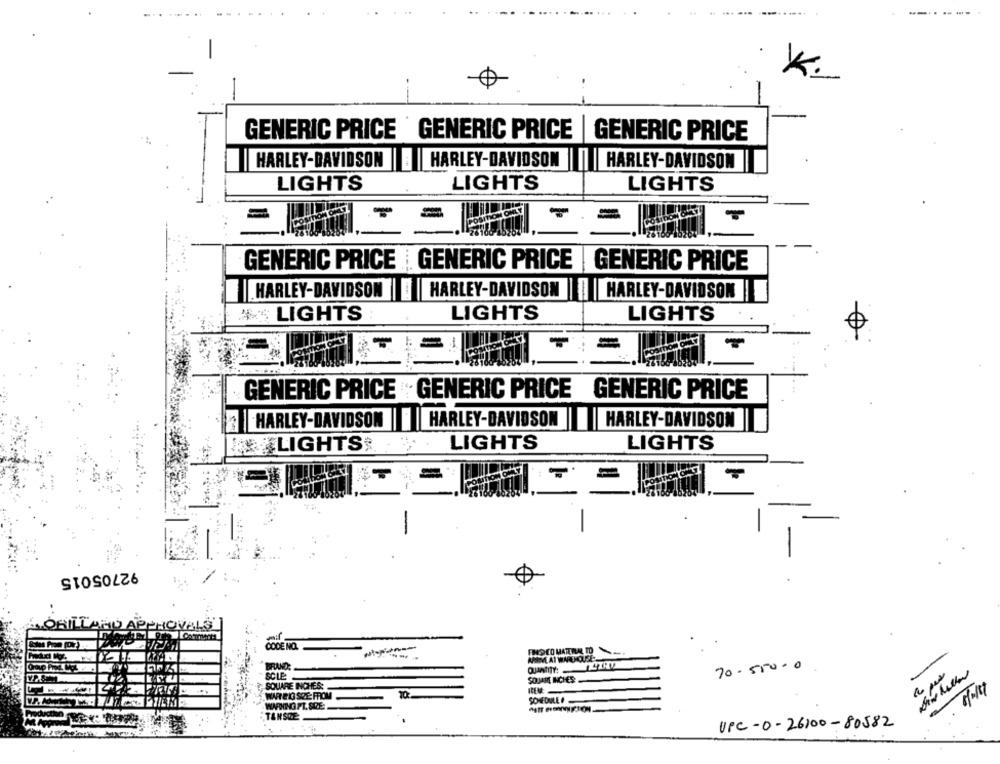
K.
0
GENERIC PRICE GENERIC PRICE | GENERIC PRICE
HARLEY-DAVIDSON | |HARLEY-DAVIDSON ||| |HARLEY-DAVIDSON
LIGHTS
LIGHTS
LIGHTS
GENERIC PRICE GENERIC PRICE | GENERIC PRICE
HARLEY-DAVIDSON | | | HARLEY-DAVIDSON | || | HARLEY-DAVIDSON
# LIGHTS
LIGHTS
LIGHTS
GENERIC PRICE . GENERIC PRICE GENERIC PRICE
HARLEY-DAVIDSON | |HARLEY-DAVIDSON
HARLEY-DAVIDSON
LIGHTS . .
LIGHTS
LIGHTS
-
92705015
OVALS
CODE NO.
MOCO MATERIAL TO
70-55000
SCLE
SOJARE INCHES
SQUARE INCHES:
WARTEIO SOE: FROM
REV
1/111
SONFOULE
WARNING FL. SPE
TANSOE
UPC-0-26100-80582